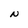
Character: N